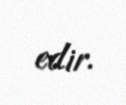
edir.